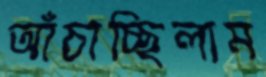
আঁচাচ্ছিলাম